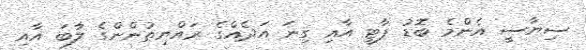
ސިޔާސީ އެންމެ ބޮޑު ޕާޓީ އާއި ގިނަ އަދެއްގެ ރައްޔިތުންންގެ ލާބަ އާއި